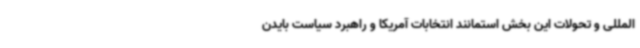
المللی و تحولات این بخش استمانند انتخابات آمریکا و راهبرد سیاست بایدن